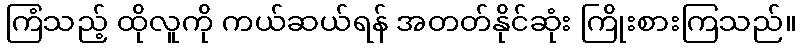
ကြံသည့် ထိုလူကို ကယ်ဆယ်ရန် အတတ်နိုင်ဆုံး ကြိုးစားကြသည်။